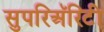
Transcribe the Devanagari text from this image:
सुपरिअॅरिटी